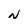
Character: N